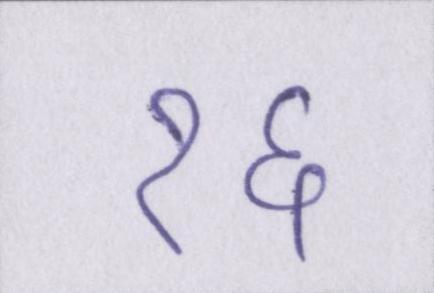
१६